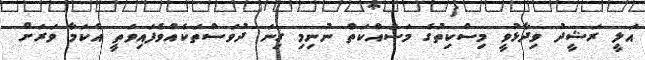
އަލީ ރަޝީދު ވިދާޅުވީ މިސްކިތުގެ މަސައްކަތް ނުނިމި ގިނަ ދުވަސްތަކެއްވެފައިވަތީ އެކަމާ ވަރަށް